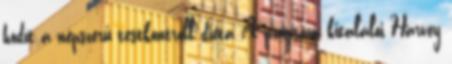
hódít a népszerű testkontroll diéta A program kitalálói Harvey